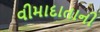
વીમાદાતાની